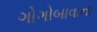
ગોગોબાવાના